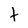
Character: t